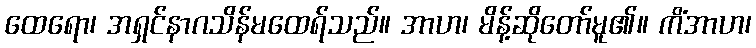
ထေရော၊ အရှင်နာဂသိန်မထေရ်သည်။ အာဟ၊ မိန့်ဆိုတော်မူ၏။ ကိံအာဟ၊